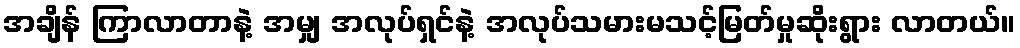
အချိန် ကြာလာတာနဲ့ အမျှ အလုပ်ရှင်နဲ့ အလုပ်သမားမသင့်မြတ်မှုဆိုးရွား လာတယ်။